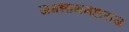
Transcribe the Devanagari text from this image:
जगन्नाथमहाराज